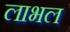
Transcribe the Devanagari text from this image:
लाभल